Medical and sanitary report of the native army of Bengal for the year
Year: 1876
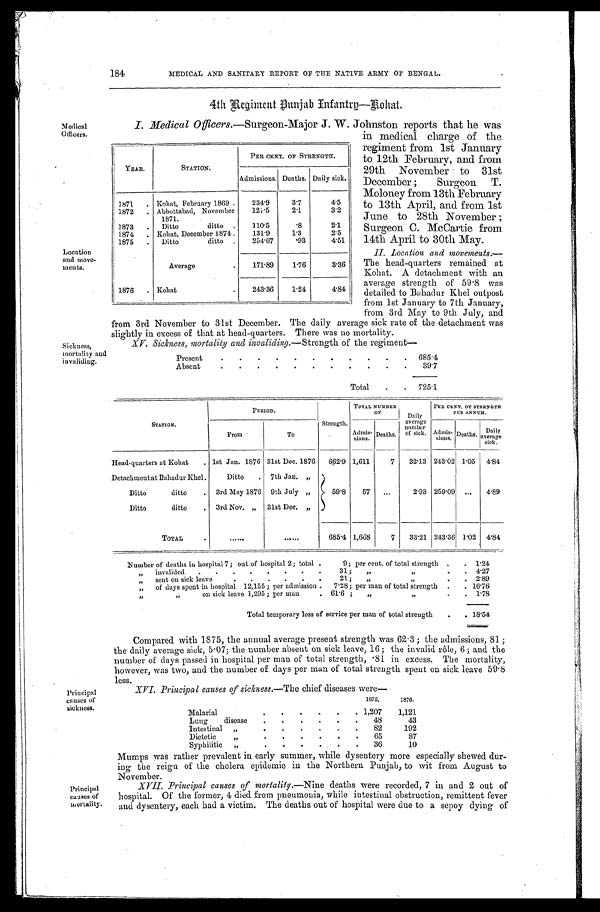
Medical
Officers.
Location
and move
- m e n t s .
Present
685.4
Absent
3 9 . 7
Total
725.1
Sickness,
mortality and
invaliding.
from 3rd November to 31st December. The daily average sick rate of the detachment was
slightly in excess of that at head-quarters. There was no mortality.
XV. Sickness, mortality and invaliding. —Strength of the regiment—
184
MEDICAL AND SANITARY REPORT OF THE NATIVE ARMY OF BENGAL.
4th Regiment Punjab Infantry—Kohat.
I. Medical Officers. —Surgeon-Major J. W. Johnston reports that he was
YEAR.
STATION.
PER CENT. OF STRENGTH.
Admissions. Deaths. Daily sick.
1871
Kohat, February 1869
234.9
3.7
4.5
1872
Abbottabad, November
1871.
127.5
2.1
3.2
1873
Ditto ditto
110.5
.8
2.1
1874
Kohat, December 1874.
131.9
1.3
2.5
1875
Ditto ditto
254.67
.93
4.51
Average
171.89
1.76
3.36
1876
Kohat
243.36
1.24
4.84
in medical charge of the
regiment from 1st January
to 12th February, and from
29th November to 31st
December; Surgeon T.
Moloney from 13th February
to 13th April, and from 1st
June to 28th November;
Surgeon C. McCartie from
14th April to 30th May.
II. Location and movements.—
The head-quarters remained at
Kohat. A detachment with an
average strength of 59.8 was
detailed to Bahadur Khel outpost
from 1st January to 7th January,
from 3rd May to 9th July, and
Principal
causes of
sickness.
Principal
causes of
mortality.
STATION.
PERIOD.
Strength.
TOTAL NUMBER
O F
Daily
average
number
of sick.
PER CENT. OF STRENGTH
PER ANNUM.
From
To
Admis- sions. Deaths.
Admis- sions. Deaths. Dail
y a v e r a g e
sick.
Head-quarters at Kohat
1st Jan. 1876 31st Dec. 1876 662.9 1,611
7 32.13 243.02 1.05 4. 84
Detachment at Bahadur Khel
Ditto
7th Jan. „
59.8
57
2.93 259.09
4.89
Ditto ditto
3rd May 1876 9th July „
Ditto ditto
3rd Nov. „ 31st Dec. „
TOTAL
685.4 1,668
7 33.21 243.36 1.02 4.84
Number of deaths in hospital 7; out of hospital 2; total
9; per cent. of total strength
1.24
„
invalided
31; „ „
4 . 2 7
„
sent on sick leave
21; „ „
2 . 8 9
„
of days spent in hospital 12,155; per admission
7.28; per man of total strength
16.76
„
on sick leave 1,295 ; per man
61.6; „
„
1.78
Total temporary loss of service per man of total strength
18. 54
Compared with 1875, the annual average present strength was 62.3; the admissions, 81;
the daily average sick, 5.07; the number absent on sick leave, 16; the invalid rôle, 6; and the
number of days passed in hospital per man of total strength, .81 in excess. The mortality,
however, was two, and the number of days per man of total strength spent on sick leave 59.8
less.
XVI. Principal causes of sickness. —The chief diseases were—
1875.
1876.
Malarial
1,207 1,121
Lung disease
48
43
Intestinal „
82
192
Dietetic „
65
87
Syphilitic „
36
10
Mumps was rather prevalent in early summer, while dysentery more especially shewed dur
- i n g t h e r e i g n o f t h e c h o l e r a e p i d e m i c i n t h e N o r t h e r n P u n j a b , t o w i t f r o m A u g u s t t o
November.
XVII. Principal causes of mortality. —Nine deaths were recorded, 7 in and 2 out of
hospital. Of the former, 4 died from pneumonia, while intestinal obstruction, remittent fever
and dysentery, each had a victim. The deaths out of hospital were due to a sepoy dying of